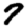
Digit: 7